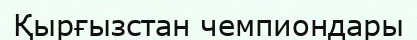
Қырғызстан чемпиондары